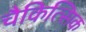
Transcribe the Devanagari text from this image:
चैकित्सिक